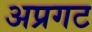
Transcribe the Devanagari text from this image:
अप्रगट